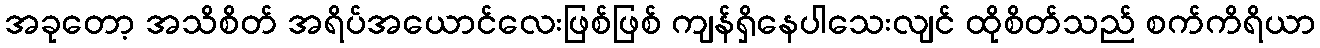
အခုတော့ အသိစိတ် အရိပ်အယောင်လေးဖြစ်ဖြစ် ကျန်ရှိနေပါသေးလျင် ထိုစိတ်သည် စက်ကိရိယာ